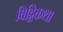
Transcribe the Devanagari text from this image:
विट्ठिकथा